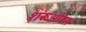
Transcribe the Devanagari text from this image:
शरूओम्स